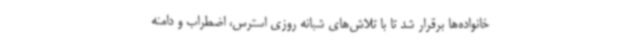
خانواده‌ها برقرار شد تا با تلاش‌های شبانه روزی استرس، اضطراب و دامنه